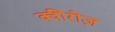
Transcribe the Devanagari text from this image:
क्वीरोज़